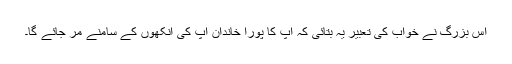
اس بزرگ نے خواب کی تعبیر یہ بتائی کہ آپ کا پورا خاندان آپ کی آنکھوں کے سامنے مر جائے گا۔